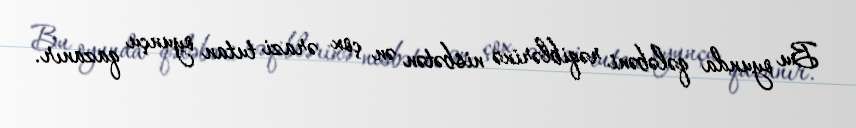
Bu oyunda qələbəni rəqiblərinə nisbətən ən çox ərazi tutan oyunçu qazanır.